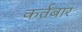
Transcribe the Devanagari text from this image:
कर्तबार